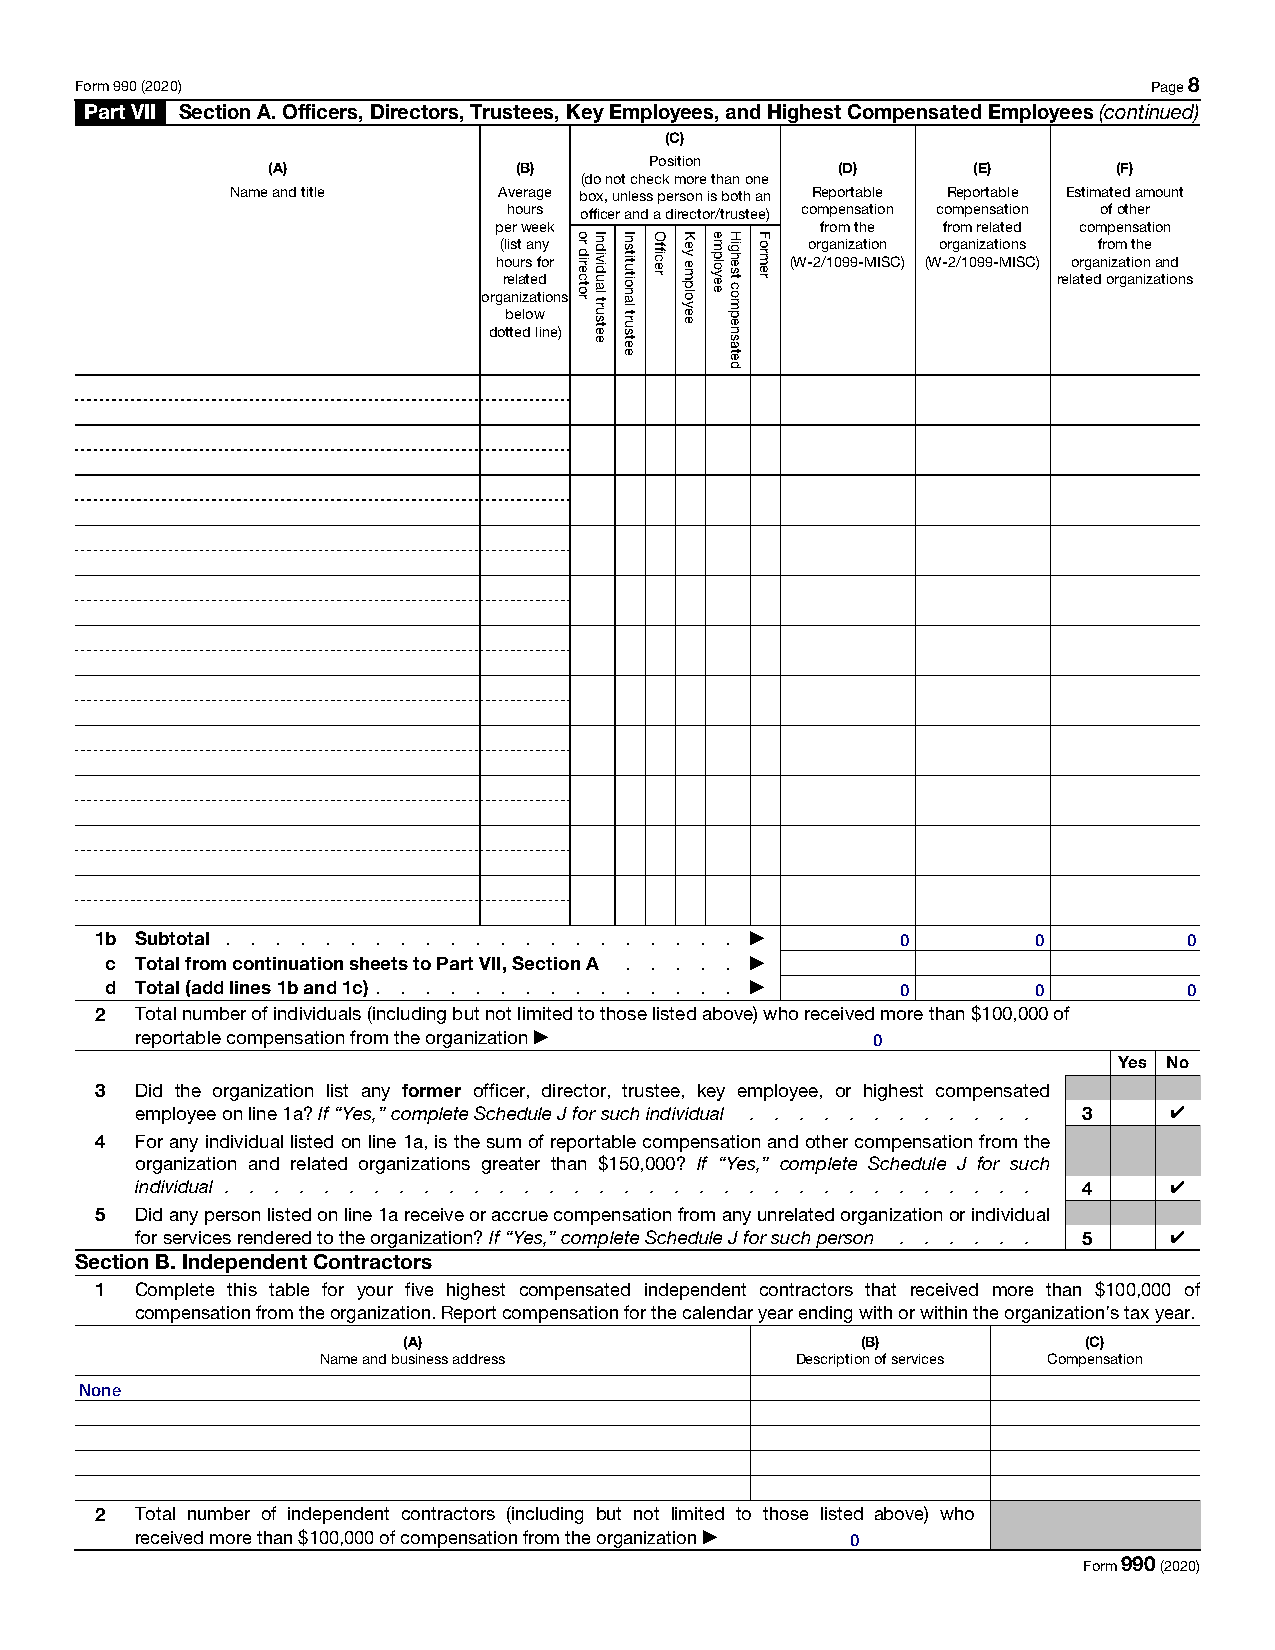
Form 990 (2020)                                                        Page 8
 Part VII Section A. Officers, Directors, Trustees, Key Employees, and Highest Compensated Employees (continued)
 (C)
 Position
 (A)             (B)                  (D)      (E)       (F)
 (do not check more than one
 Name and title    Average box, unless person is both an Reportable Reportable Estimated amount
 hours officer and a director/trustee) compensation compensation of other
 per week             from the from related compensation
 (list any           organization organizations from the
 hours for          (W-2/1099-MISC) (W-2/1099-MISC) organization and
 related                              related organizations
 organizations
 below
 dotted line)
 1b Subtotal . . . . . . . . . . . . . . . . . . . . . ▶ 0      0         0
 c Total from continuation sheets to Part VII, Section A . . . . . ▶
 d Total (add lines 1b and 1c) . . . . . . . . . . . . . . . ▶ 0 0       0
 2  Total number of individuals (including but not limited to those listed above) who received more than $100,000 of
 reportable compensation from the organization ▶  0
 Yes No
 3  Did the organization list any former officer, director, trustee, key employee, or highest compensated
 employee on line 1a? If “Yes,” complete Schedule J for such individual . . . . . . . . . . . . 3 4
 4  For any individual listed on line 1a, is the sum of reportable compensation and other compensation from the
 organization and related organizations greater than $150,000? If “Yes,” complete Schedule J for such
 individual . . . . . . . . . . . . . . . . . . . . . . . . . . . . . . . . . 4 4
 5  Did any person listed on line 1a receive or accrue compensation from any unrelated organization or individual
 for services rendered to the organization? If “Yes,” complete Schedule J for such person . . . . . . 5 4
 Section B. Independent Contractors
 1  Complete this table for your five highest compensated independent contractors that received more than $100,000 of
 compensation from the organization. Report compensation for the calendar year ending with or within the organization’s tax year.
 (A)                           (B)            (C)
 Name and business address       Description of services Compensation
 None
 2  Total number of independent contractors (including but not limited to those listed above) who
 received more than $100,000 of compensation from the organization ▶ 0
 Form 990 (2020)
 or
 director
 Individual
 trustee
 Institutional
 trustee
 Officer Key
 employee
 employee Highest
 compensated
 Former